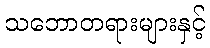
သဘောတရားများနှင့်